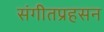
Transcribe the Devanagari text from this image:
संगीतप्रहसन